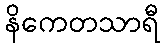
နိကေတသာရီ